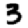
Digit: 3